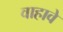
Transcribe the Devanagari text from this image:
वाहावे